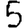
Digit: 5